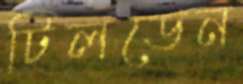
টিলডেন